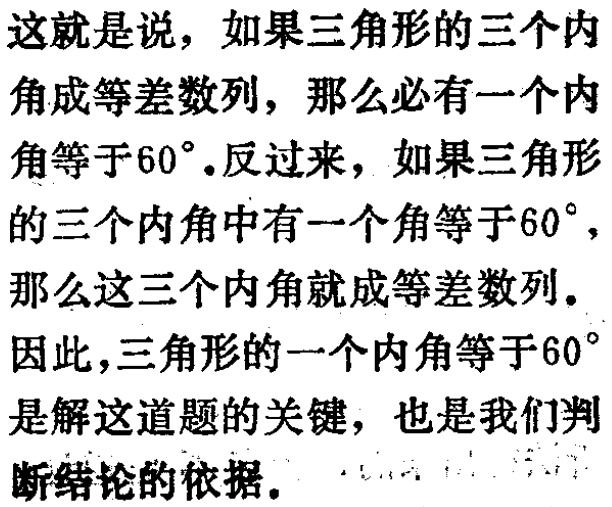
这就是说，如果三角形的三个内角成等差数列，那么必有一个内角等于\(60^{\circ}\).反过来，如果三角形的三个内角中有一个角等于\(60^{\circ}\)，那么这三个内角就成等差数列。因此，三角形的一个内角等于\(60^{\circ}\)是解这道题的关键，也是我们判断结论的依据。